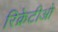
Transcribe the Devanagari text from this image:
रिक्रेटीओ